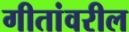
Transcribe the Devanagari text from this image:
गीतांवरील